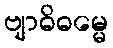
ဗျာဓိဓမ္မေ